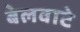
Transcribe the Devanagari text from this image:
बेलवाटे